system: You are a helpful assistant.
user:
Analyze the provided spectrum to determine if it is a **Carbon Star (C-type)**.

- **Key Visual Indicators of Carbon Star:**
    - **(Primary):** Strong molecular absorption from **C₂ (diatomic carbon) "Swan Bands."** This is the **defining feature** of a carbon star.
        - **(Key Bandheads):** Sharp absorption edges are visible at approximately $5635$ Å, $5165$ Å (the strongest band), and $4737$ Å.
        - **(Line Profile):** Creates a distinct **"saw-tooth"** pattern. The key morphology is a sharp, steep bandhead on the **red (long-wavelength) side**, which then gradually tapers off (i.e., flux recovers) towards the **blue (short-wavelength) side**. *(This is the direct opposite of the TiO bands seen in M-type stars)*.

    - **(Secondary):** Intense **CN (cyanogen)** molecular absorption bands.
        - **(Key Bandheads):** Located in the blue and violet regions of the spectrum (e.g., near $4215$ Å and $3883$ Å).
        - **(Morphology):** These bands are extremely broad and act as a "blanket," absorbing the vast majority of blue and violet light. This creates a characteristic **"cliff"** or **"steep drop-off"** in the spectrum's flux at short wavelengths.

    - **(Key Confirmation):** Strong **CH absorption band (G-band)**.
        - **(Key Bandhead):** Located around $4300$ Å. The contribution from CH molecules to this band is exceptionally strong.

    - **(Overall Spectrum):**
        - The continuum is severely "chopped up" by these deep molecular bands, especially C₂, rather than appearing as a smooth curve.
        - Due to the heavy CN and C₂ absorption in the blue-green, the vast majority of the star's flux is concentrated in the red part of the spectrum, giving the star its characteristic deep red color.

Think first, call **spectral_visualization_tool** if needed to examine features in detail, then provide your final answer. Your response must adhere to the following strict rules:
1.  **Overall Structure:** Your response must follow the format `<think>...</think> <tool_call>...</tool_call> (if a tool is used) <answer>...</answer>`.
2.  **Tool Usage Constraint:** You may only make **one** tool call per turn.
3.  **Final Answer Format:** In the `<answer>` tag, your conclusion must be inside a `\boxed{}` command (e.g., `\boxed{YES}`), followed by your justification.

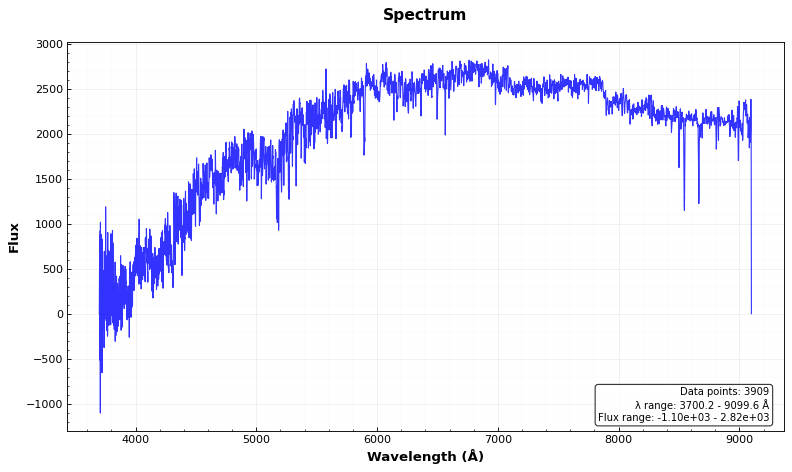
Answer: NO